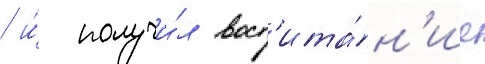
/ и́ получи́л восп'ита́н'ие